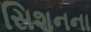
સિશનના